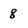
Character: 8